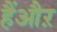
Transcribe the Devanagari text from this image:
हैंऔऱ